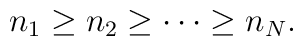
n_1 \ge n_2 \ge \cdots \ge n_N .